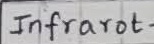
Text: Infrarot-